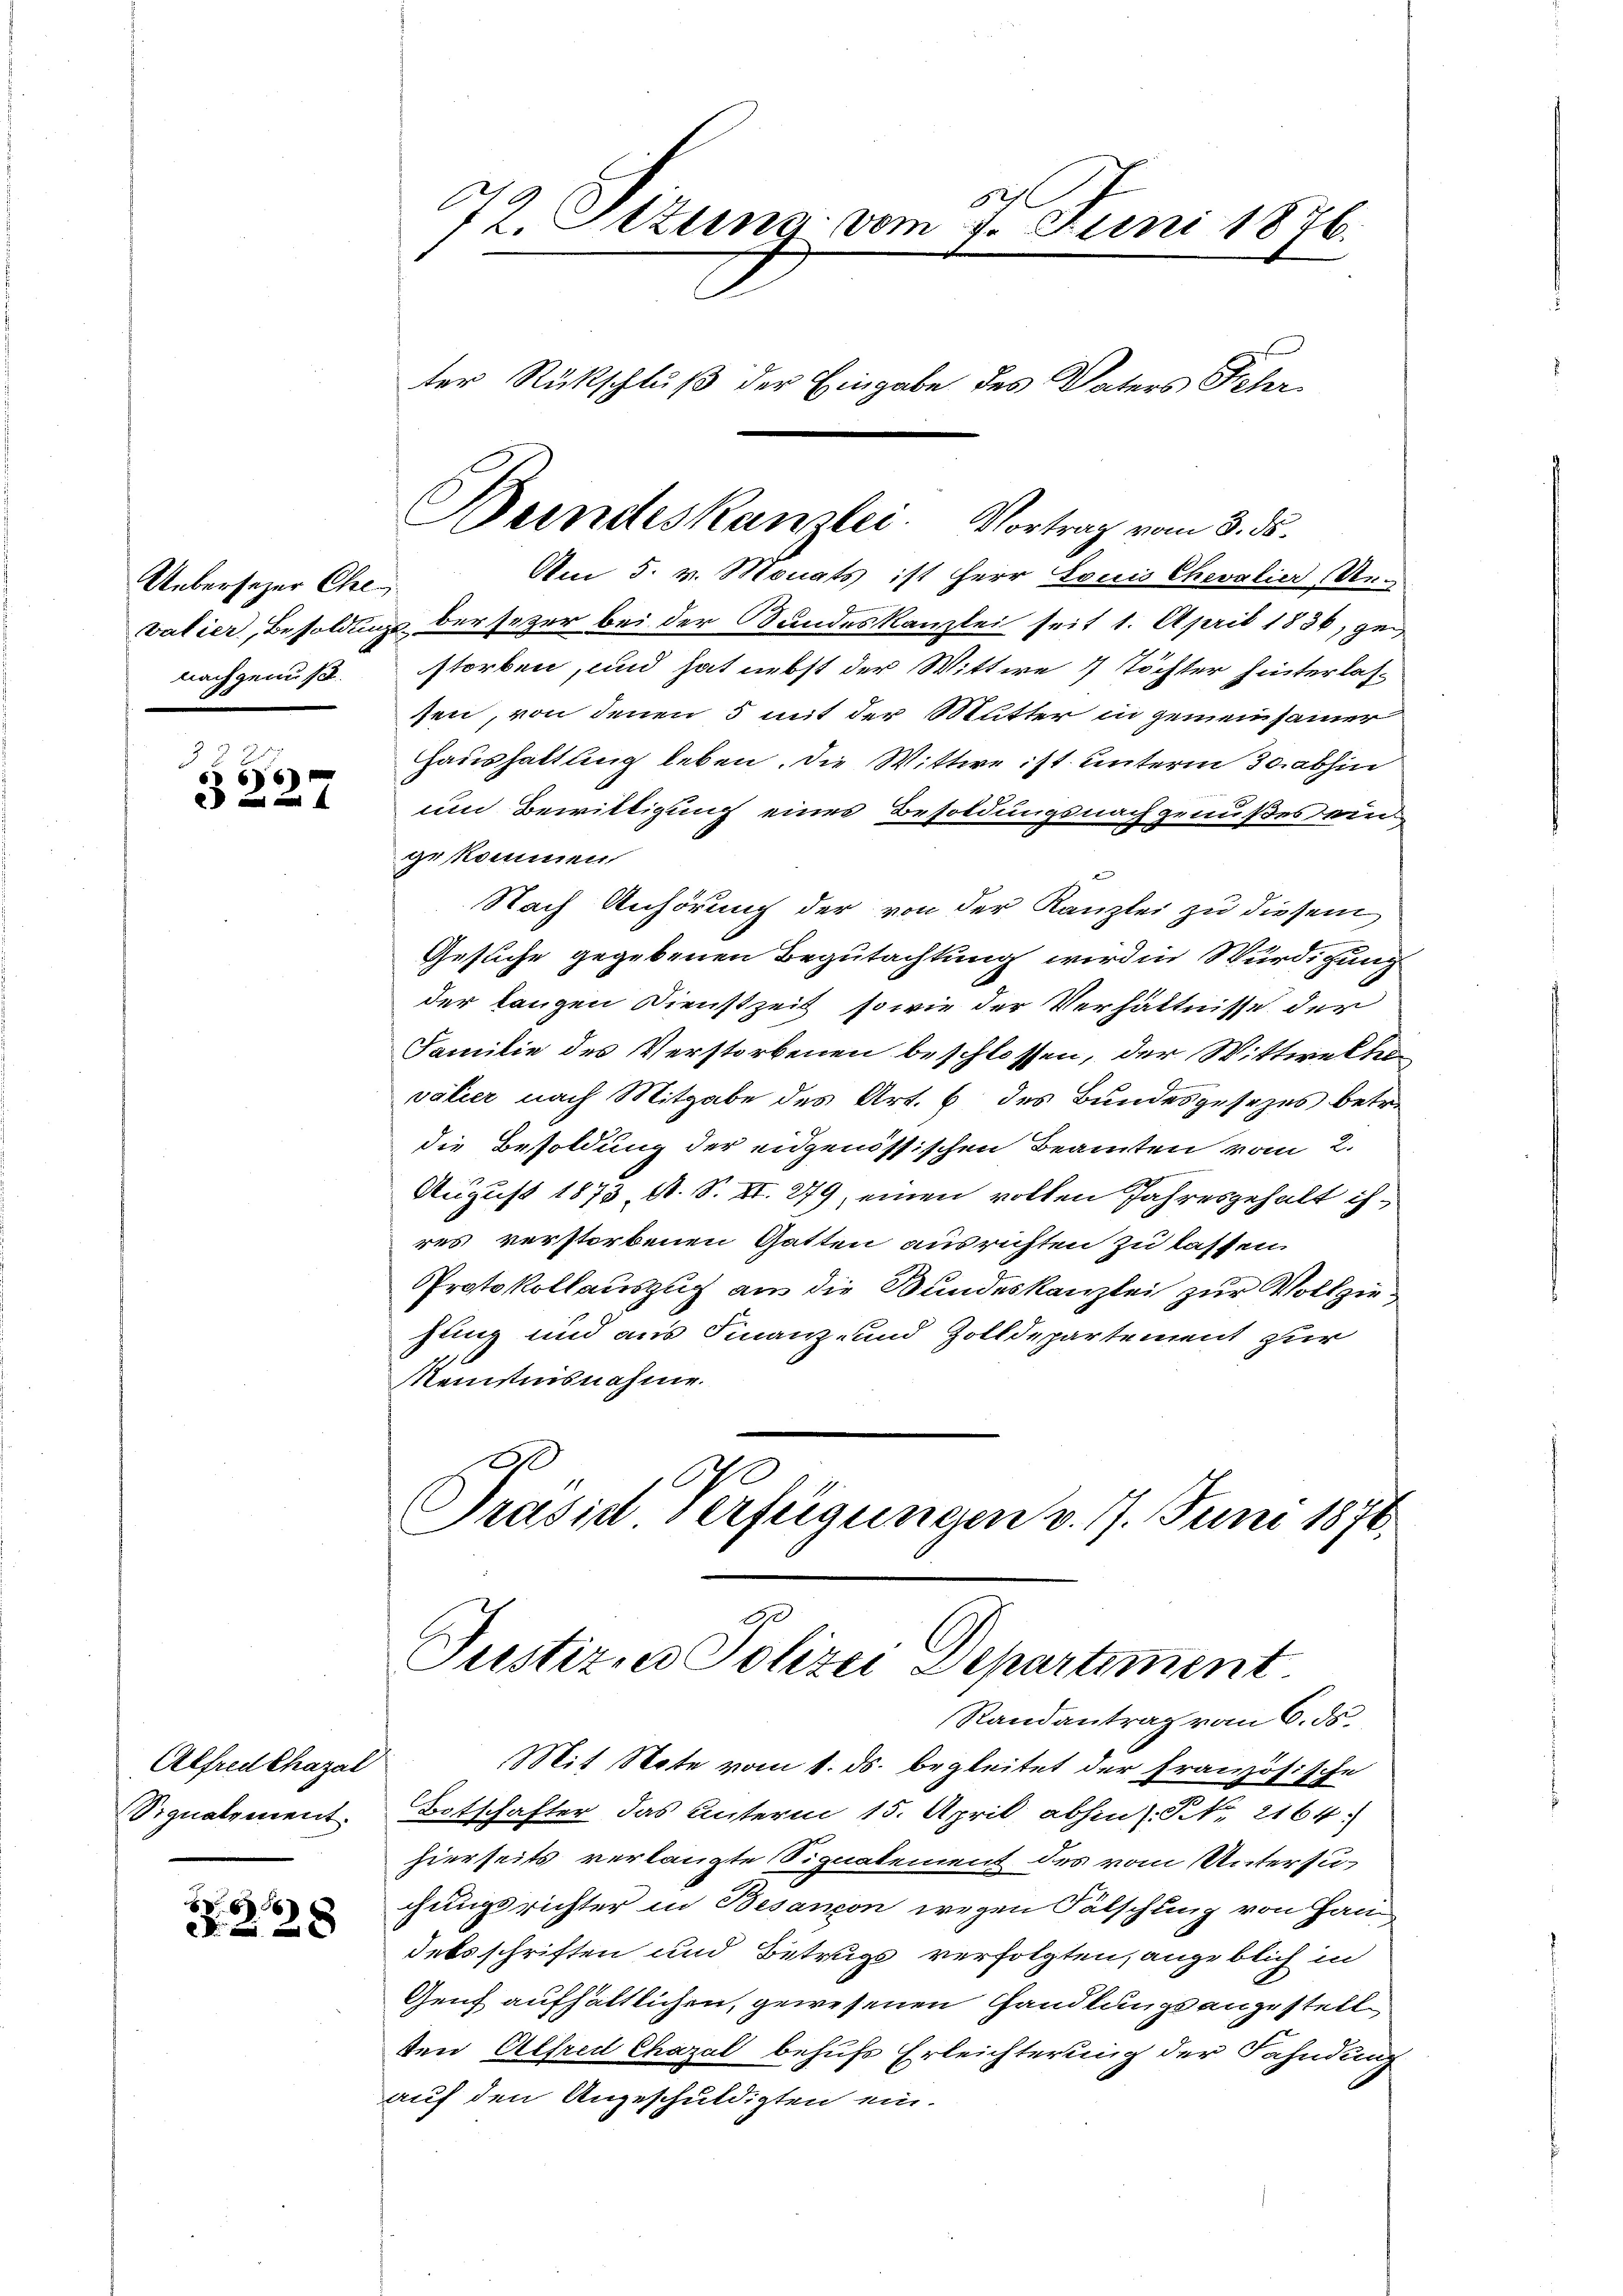
Uebersezer Che
nachgenuß.

3
66)
 x

Alfred Chazal
Signalement.

656
x

172. Ottung vom 7. Juni 1876.
ter Rückschluß der Eingabe des Vaters Sicher

Bundeskanzlei. Vortrag vom 3. ds.

Am 5. v. Monats ist Herr Louis Chevalier Revatier, Besoldung der sezer bei der Stundeskanzlei seit 1. April 1836, gestorben, und hat nebst der Wittwe 7 Töchter hinterlas-
sen, von denen 5 mit der Mutter in gemeinsamer
Haushaltung leben. Die Wittwe ist unterm 30. abhin
und Bewilligung eines Besoldungsnachgenußes eingekommen
Nach Anhörung der von der Kanzlei zu diesem
verneriren.
Gesuche gegebenen Begutachtung wird in Würdigung
der langen Dienstzeit, sowie der Verhältnisse der
Familie des Verstorbenen beschlossen, der Wittwe khovalier nach Mitgabe des Art. 6 des Bundesgesezes betr.
die Besoldung der eidgenössischen Beamten vom 2.
August 1873, A. S. XI. 279, einen vollen Jahresgehalt isres verstorbenen Gatten ausrichten zu lassen.
Protokollauszug aus die Bundeskanzlei zur Vollziejung und aus Finanz- und Zolldepartement zur
Reistinsnahme.
Präsid Verfügungen v. 17. Juni 1870.

Justiz, Polizei Departiment

Randantrag vom 6. ds.
Mit Note vom 1. ds. begleitet der französische
Botschafter das unterm 15. April abhin (NNo. 2164:
hierseits verlangte Signatement des vom Untersu-
chungsrichter in Besançon wegen Fälschung von Hau
detsschriften und Betrugs verfolgten, angeblich in
Genf aufhältlichen, gewesenen Handlungs anzustell
ten Alfred Chazal behufs Erleichterung der Fahndung
auf den Angeschuldigten ein.